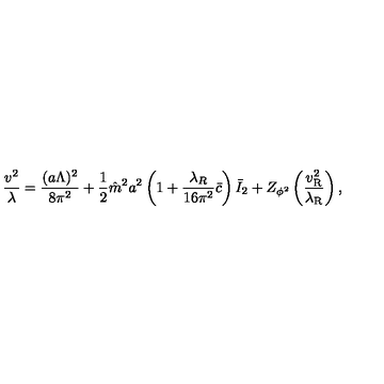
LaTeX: \frac { v ^ { 2 } } { \lambda } = \frac { ( a \Lambda ) ^ { 2 } } { 8 \pi ^ { 2 } } + \frac { 1 } { 2 } \hat { m } ^ { 2 } a ^ { 2 } \left( 1 + \frac { \lambda _ { R } } { 1 6 \pi ^ { 2 } } \bar { c } \right) \bar { I } _ { 2 } + Z _ { \phi ^ { 2 } } \left( \frac { v _ { \mathrm { R } } ^ { 2 } } { \lambda _ { \mathrm { R } } } \right) ,